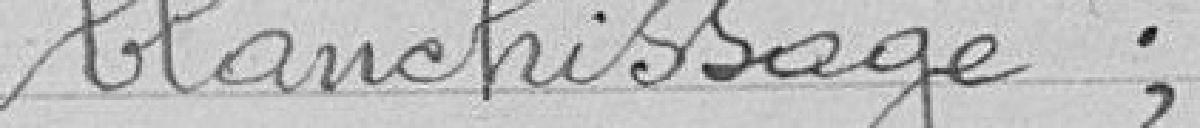
blanchissage ;